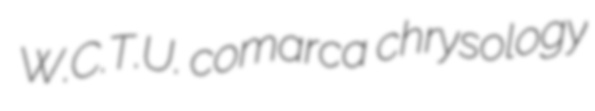
W.C.T.U. comarca chrysology